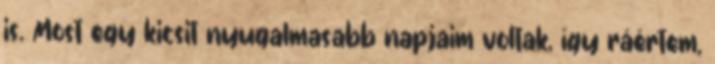
is. Most egy kicsit nyugalmasabb napjaim voltak, így ráértem,